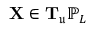
\mathbf { X } \in \mathbf { T } _ { \mathfrak { u } } \mathbb { P } _ { L }